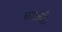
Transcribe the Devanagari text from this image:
बटाली।